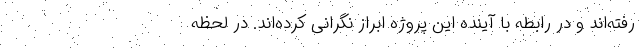
رفته‌اند و در رابطه با آینده این پروژه ابراز نگرانی کرده‌اند. در لحظه